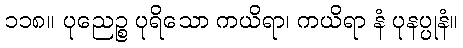
၁၁၈။ ပုညေဉ္စ ပုရိသော ကယိရာ၊ ကယိရာ နံ ပုနပ္ပုနံ။